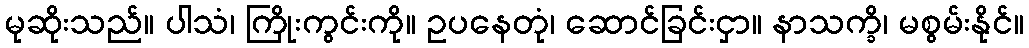
မုဆိုးသည်။ ပါသံ၊ ကြိုးကွင်းကို။ ဥပနေတုံ၊ ဆောင်ခြင်းငှာ။ နာသက္ခိ၊ မစွမ်းနိုင်။